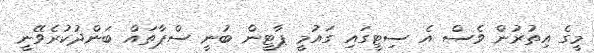
މީގެ އިތުރުން ވެސް އެ ސިޓީގައި ގައުމީ ޕާޓީން ބުނީ ސްޕާތައް ބަންދުކުރެވޭނީ